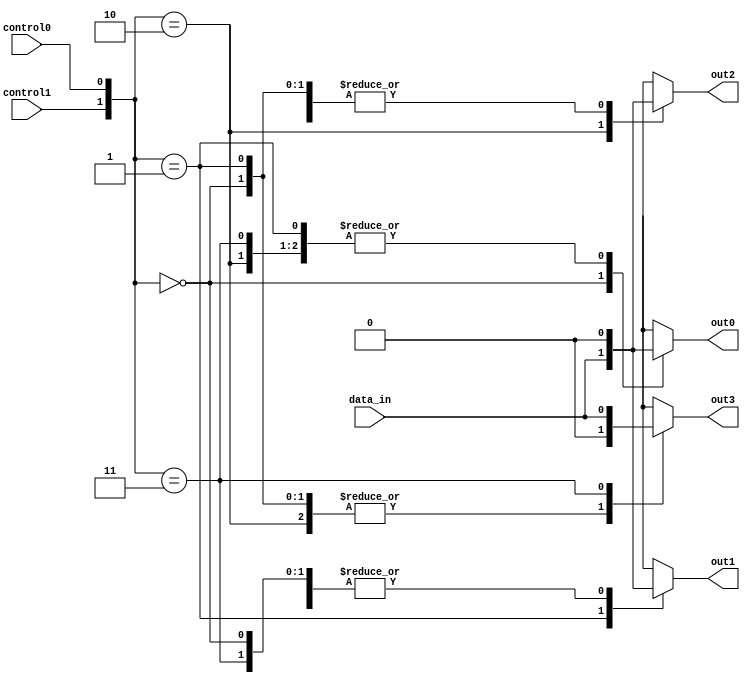
module demux_1to4 (
    input data_in,
    input control0,
    input control1,
    output reg out0,
    output reg out1,
    output reg out2,
    output reg out3
);

always @(*) begin
    case({control1, control0})
        2'b00: begin
            out0 = data_in;
            out1 = 0;
            out2 = 0;
            out3 = 0;
        end
        2'b01: begin
            out0 = 0;
            out1 = data_in;
            out2 = 0;
            out3 = 0;
        end
        2'b10: begin
            out0 = 0;
            out1 = 0;
            out2 = data_in;
            out3 = 0;
        end
        2'b11: begin
            out0 = 0;
            out1 = 0;
            out2 = 0;
            out3 = data_in;
        end
    endcase
end

endmodule